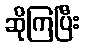
ဆိုကြပြီး